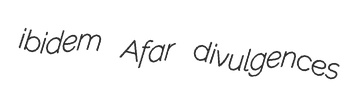
ibidem Afar divulgences